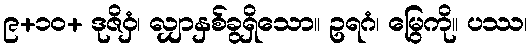
၉+၁၀+ ဒုဇိဝှံ၊ လျှာနှစ်ခွရှိသော။ ဥရဂံ၊ မြွေကို။ ပဿ၊